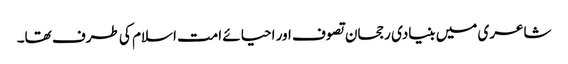
شاعری میں بنیادی رجحان تصوف اور احیائے امت اسلام کی طرف تھا۔